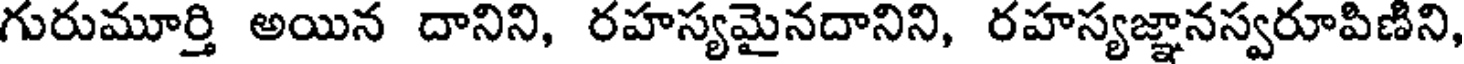
గురుమూర్తి అయిన దానిని, రహస్యమైనదానిని, రహస్యజ్ఞానస్వరూపిణిని,